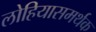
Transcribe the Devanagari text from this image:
लोहियासमर्थक